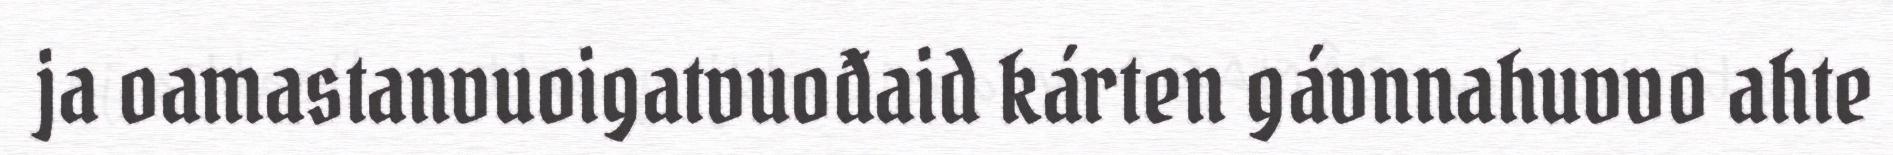
ja oamastanvuoigatvuođaid kárten gávnnahuvvo ahte